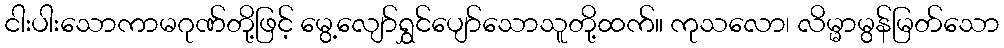
ငါးပါးသောကာမဂုဏ်တို့ဖြင့် မွေ့လျော်ရွှင်ပျော်သောသူတို့ထက်။ ကုသလော၊ လိမ္မာမွန်မြတ်သော